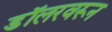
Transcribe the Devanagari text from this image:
डॉलरवरून